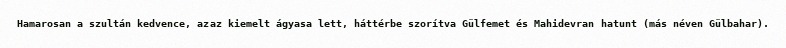
Hamarosan a szultán kedvence, azaz kiemelt ágyasa lett, háttérbe szorítva Gülfemet és Mahidevran hatunt (más néven Gülbahar).